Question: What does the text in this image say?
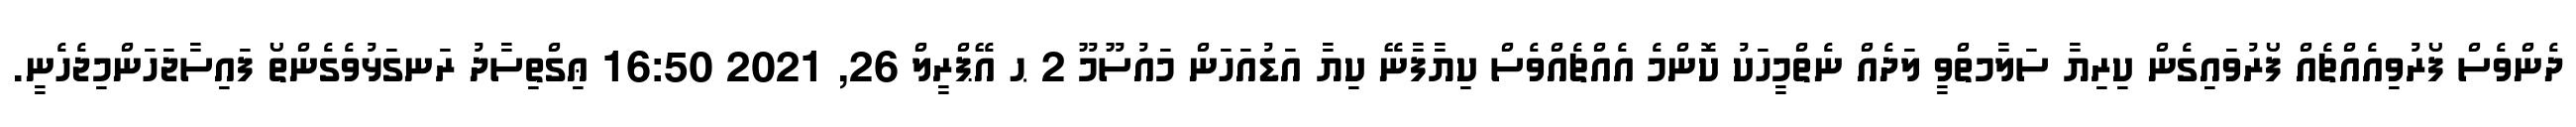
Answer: ދެންވެސް ފޯރުވިއެއްޗެއް ފޯރުވައިގެން ކިރިޔާ ސަލާމތްވީ ލަދެއް ނެތްމީހަކު ކޮންމެ އެއްޗެއްވެސް ކިޔާފާނޭ ކިޔާ އަޑުއަހަން މައުސޫމޫ 2 ޙ އޭޕްރީލް 26, 2021 16:50 ޢިގްތިސާދު ރަނގަޅުވެގެންތޯ ފައިސާޖަހަންމިޖެހެނީ.